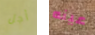
أجل عينه